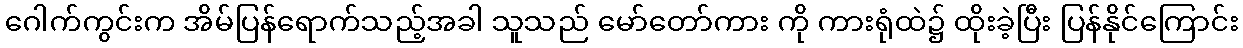
ဂေါက်ကွင်းက အိမ်ပြန်ရောက်သည့်အခါ သူသည် မော်တော်ကား ကို ကားရုံထဲ၌ ထိုးခဲ့ပြီး ပြန်နိုင်ကြောင်း